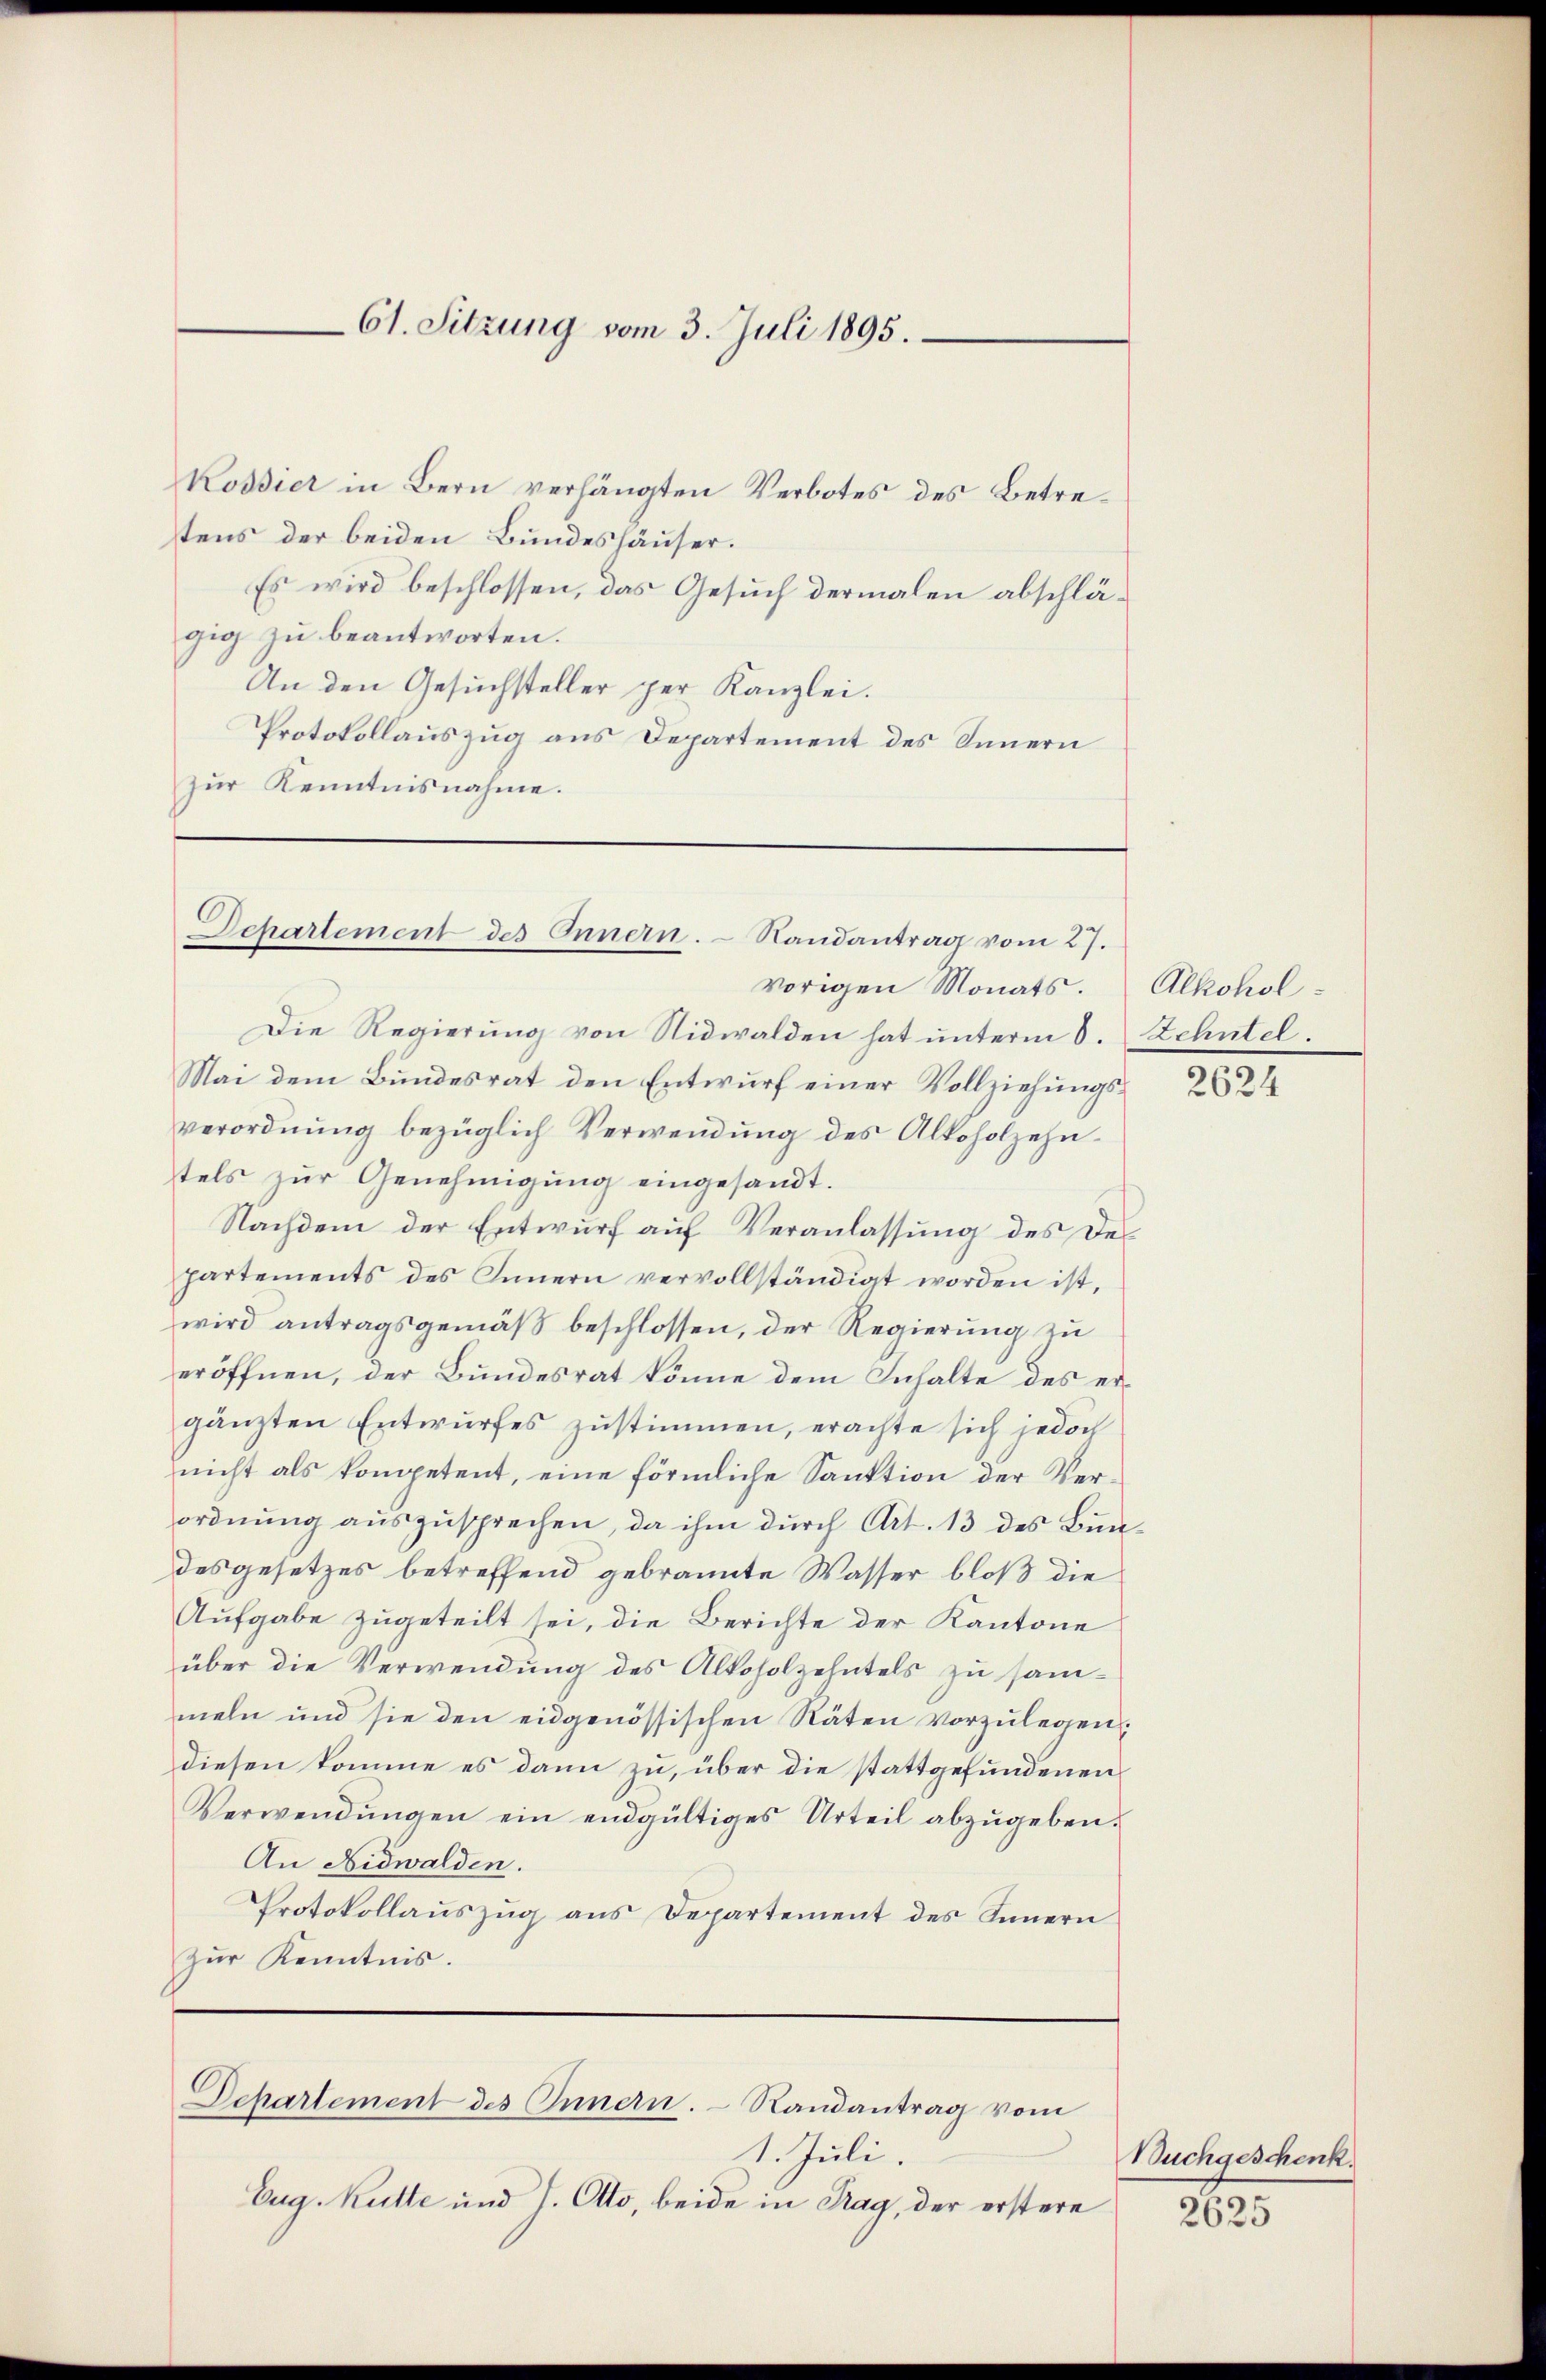
61. Sitzung vom 3. Juli 1895.

Kossier in Bern verhängten Verbotes des Betretens der beiden Bundeshäuser.
Es wird beschlossen, das Gesuch dermalen abschlägig zu beantworten.
An den Gesuchsteller per Kanzlei.
Protokollauszug aus Departement des Innern
zŭr Kenntnisnahme.

Departement des Innern. Randantrag vom 27.

vorigen Monats. Alkohol¬
Die Regierung von Nidwalden hat unterm 8. Zehntel
Mai dem Bundesrat den Entwurf einer Vollziehungsverordnŭng bezüglich Verwendŭng des Alkoholzehn-
tels zur Genehmigung eingesandt.
Nachdem der Entwurf auf Veranlassung des Des
partements des Innern vervollständigt worden ist,
wird antragsgemäß beschlossen, der Regierung zu
eröffnen, der Bundesrat könne dem Inhalte des ergänzten Entwurfes zustimmen, erachte sich jedoch
nicht als kompetent, eine förmliche Sanktion der Verordnung auszusprechen, da ihm durch Art. 13 des Bundes gesetzes betreffend gebrannte Wasser bloß die
Aufgabe zugeteilt sei, die Berichte der Kantone
über die Verwendung des Alkoholzehntels zu sammeln und sie den eidgenössischen Räten vorzulegen,
diesen komme es dann zu, über die stattgefundenen
Verwendungen ein endgültiges Urteil abzugeben.
An Nidwalden.
Protokollauszug aus Departement des Innern
zŭr Kenntnis.

Departement des Innern. Randantrag vom

Eug. Kette und J. Otto, beide in Trag, der erstere

1. Juli.

2624

Buchgeschenk.
2625